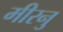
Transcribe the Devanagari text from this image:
मीरनु